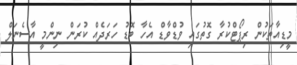
މީޑިއާތަކުން ރިޕޯޓްކުރާ ގޮތުގައި ވުޑްވާޑް އެހާ ބޮޑު ހަރަދެއް ކުރަން ނިންމީ އާސެނަލް